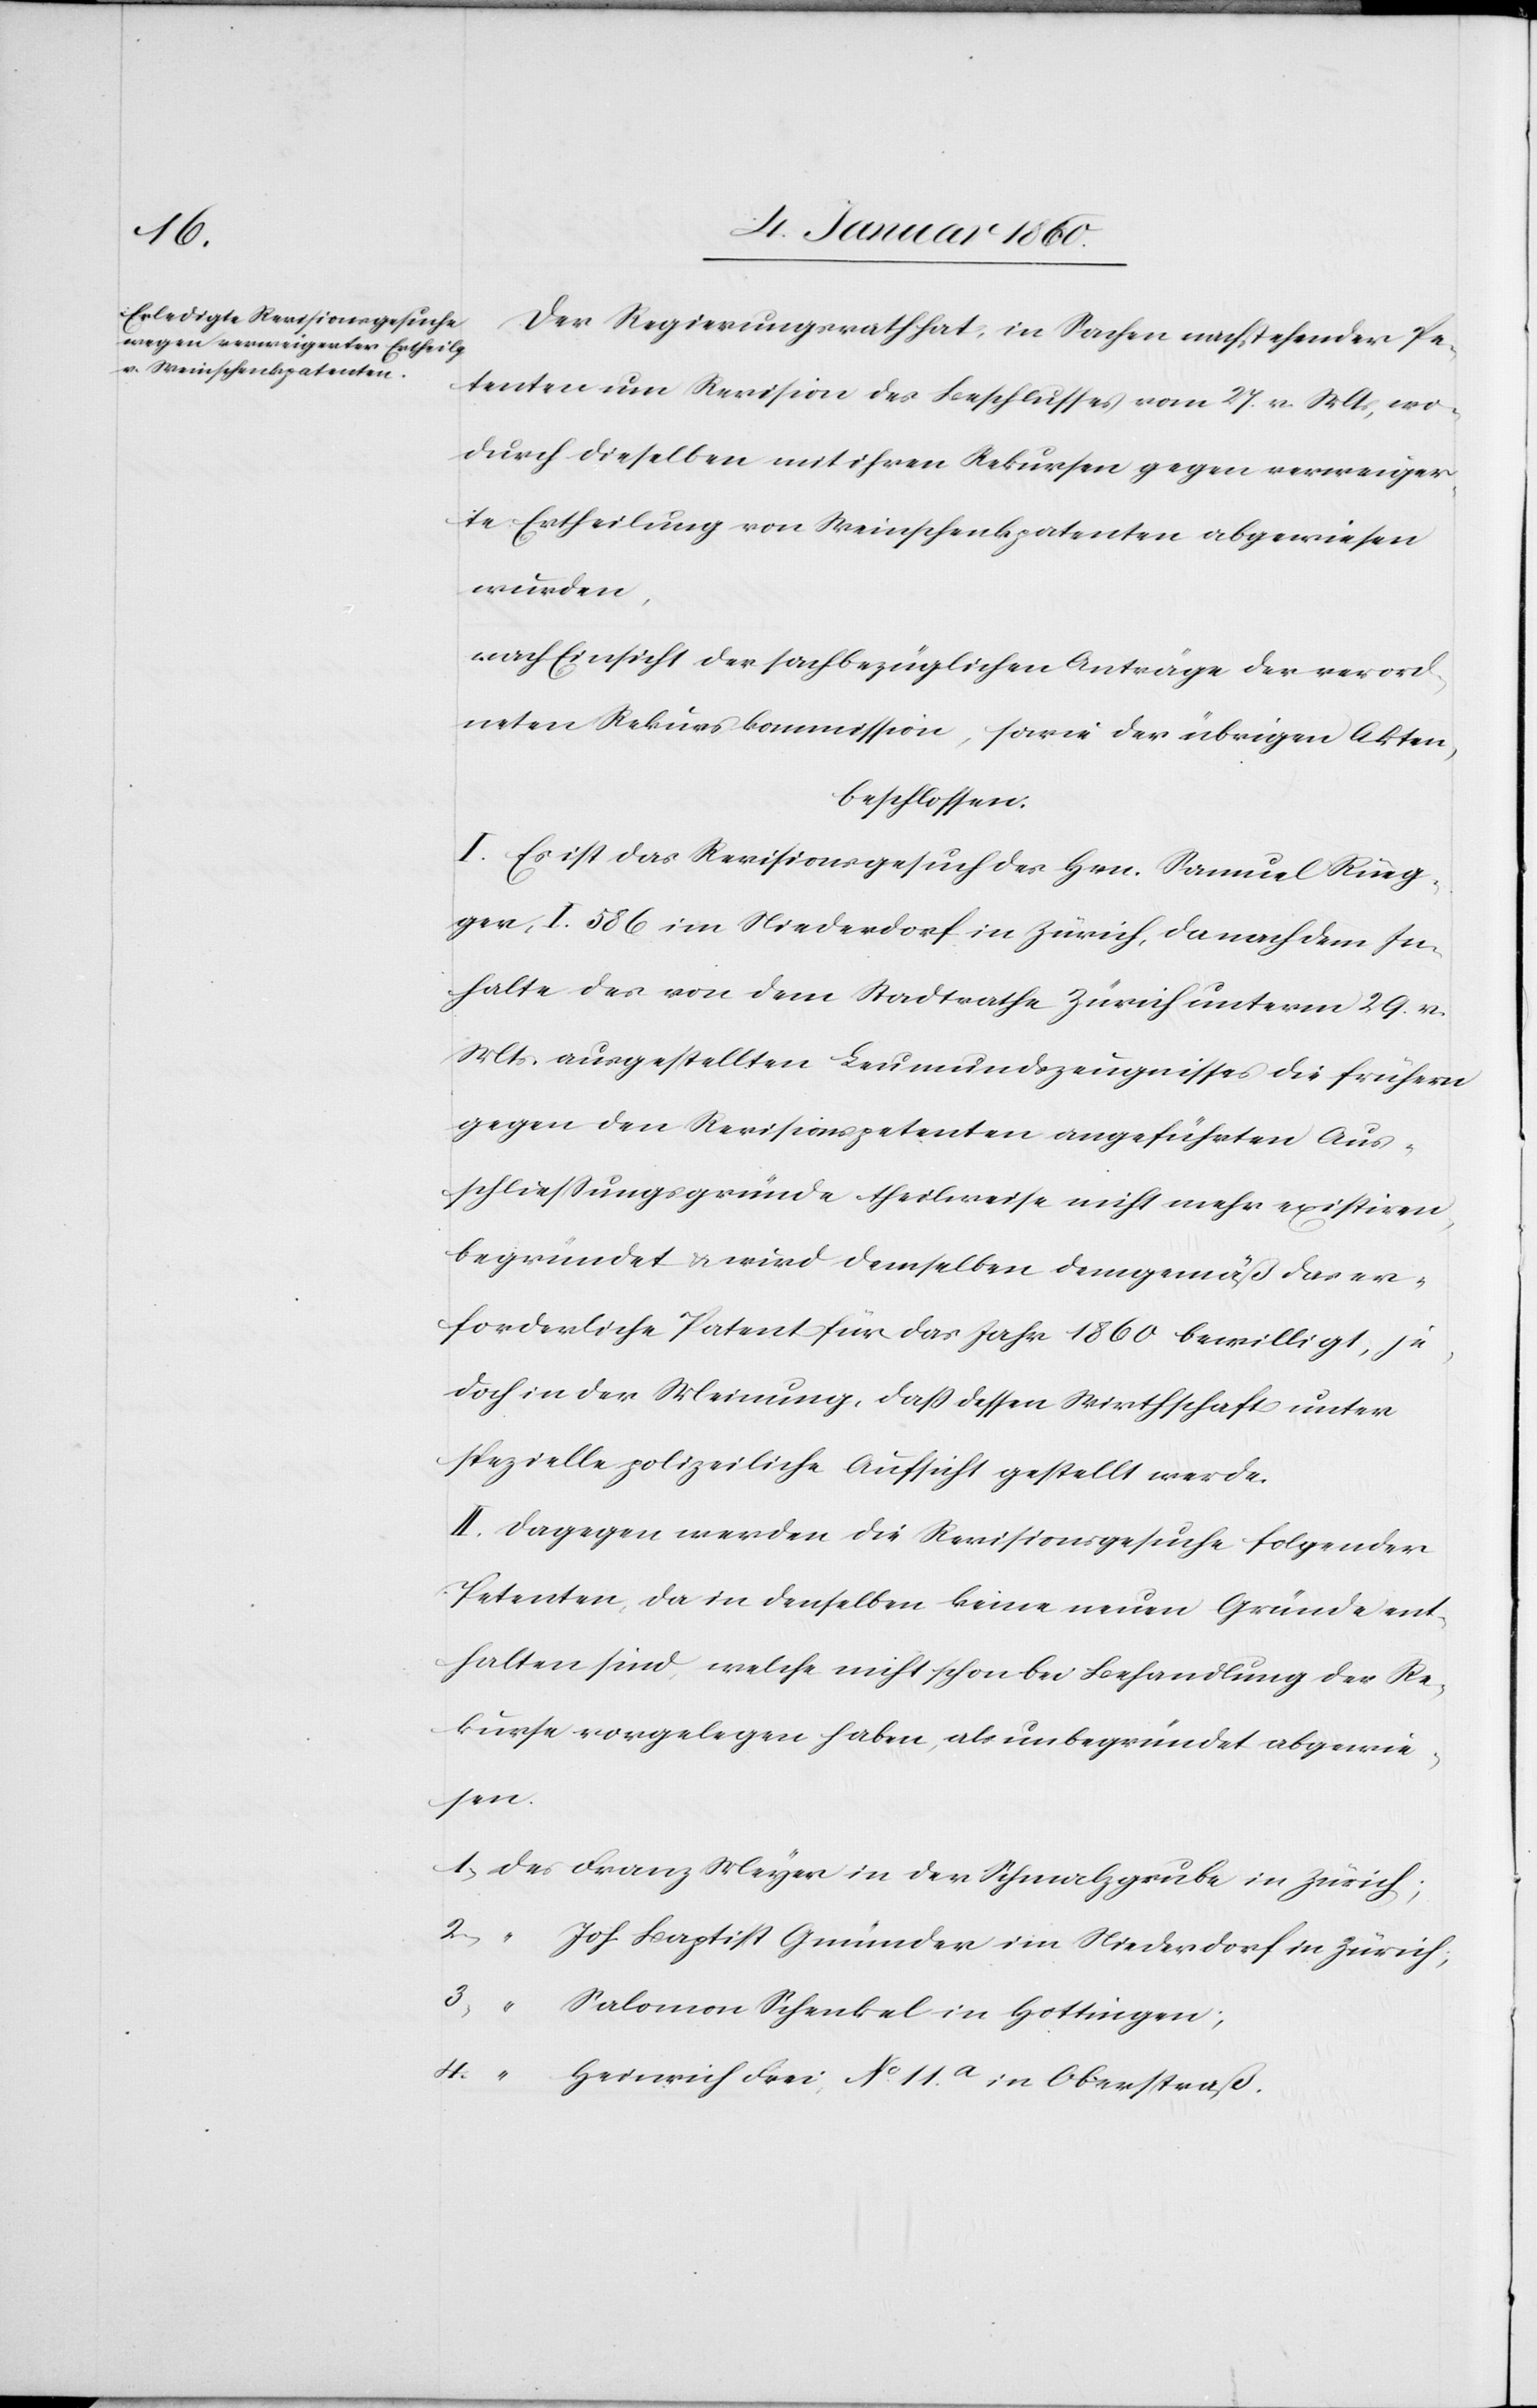
Der Regierungsrath hat, in Sachen nachstehender Pa¬
tenten um Revision des Beschlusses vom 27. v. Mts., wo¬
durch dieselben mit ihren Rekursen gegen verweiger¬
te Ertheilung von Weinschenkpatenten abgewiesen
wurden,
nach Einsicht der sachbezüglichen Anträge der verord¬
neten Rekurskommission, sowie der übrigen Akten,
beschlossen:
I. Es ist das Revisionsgesuch der Hrn. Samuel Rüeg¬
ger, I. 586. im Niederdorf in Zürich, da nach dem In¬
halte der von dem Stadtrathe Zürich unterm 29. v.
Mts. ausgestelltes Leumundzeugnisses die frühern
gegen den Revisionspetenten angeführten Aus¬
schliessungsgründe theilweise nicht mehr existiren,
begründet u. wird demselben demgemäß das er¬
forderliche Patent für das Jahr 1860. bewilligt, je¬
doch in der Meinung, daß dessen Wirthschaft unter
spezielle polizeiliche Aufsicht gestellt werde.
II. Dagegen werden die Revisionsgesuche folgender
Petenten, da in denselben keine neuen Gründe ent¬
halten sind, welche nicht schon bei Behandlung der Re¬
kurse vorgelegen haben, als unbegründet abgewie¬
sen.
1. Der Franz Meyer in der Schmalzgrube in Zürich;
2. “ Joh. Baptist Gmünder im Niederdorf in Zürich;
3. “ Salomon Schenkel in Hottingen;
4. “ Heinrich Frei, No 11a in Oberstraß.